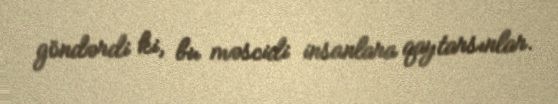
göndərdi ki, bu məscidi insanlara qaytarsınlar.